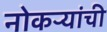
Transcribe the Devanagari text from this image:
नोकऱ्यांची